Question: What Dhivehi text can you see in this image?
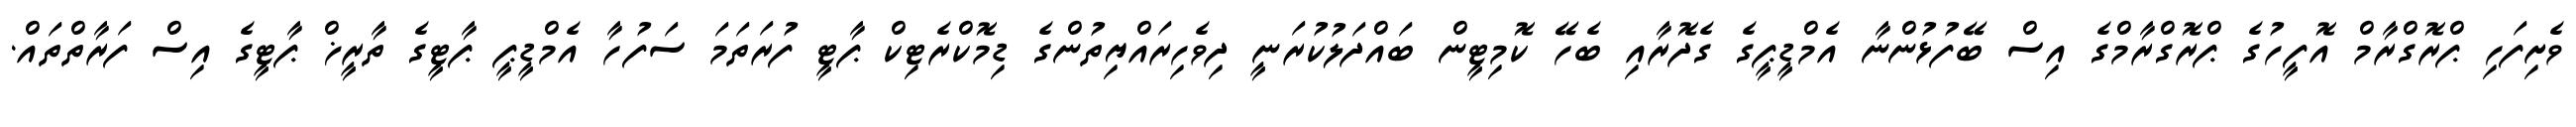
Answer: ވެށިފަހި ޕްރޮގްރާމް އޮފީހުގެ ޕްރޮގްރާމްގެ އިސް ބޭފުޅުންނާ އެމްޑީޕީގެ ގެދޮރާއި ބެހޭ ކޮމިޓީން ބައްދަލުކުރަނީ ދިވެހިރައްޔިތުންގެ ޑިމޮކްރެޓިކް ޕާޓީ ފުރަތަމަ ސަފުހާ އެމްޑީޕީ ޕާޓީގެ ތާރީޚް ޕާޓީގެ އިސް ފަރާތްތައް.